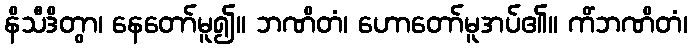
နိသီဒိတွာ၊ နေတော်မူ၍။ ဘဏိတံ၊ ဟောတော်မူအပ်၏။ ကိံဘဏိတံ၊